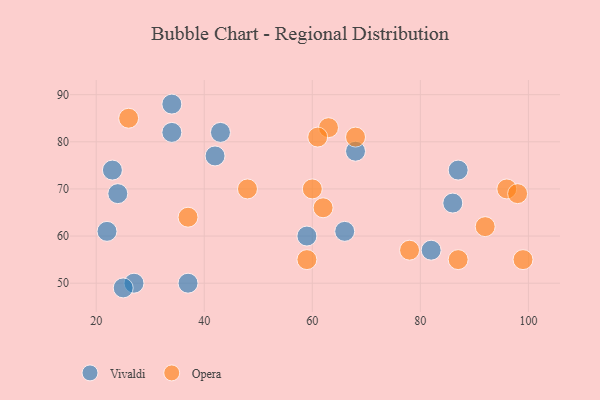
{"axis": {"x": "GDP", "y": "Life Expectancy"}, "legend": ["Opera", "Vivaldi"], "data": [{"x": "27", "y": 50, "type": "Vivaldi"}, {"x": "68", "y": 78, "type": "Vivaldi"}, {"x": "86", "y": 67, "type": "Vivaldi"}, {"x": "23", "y": 74, "type": "Vivaldi"}, {"x": "87", "y": 74, "type": "Vivaldi"}, {"x": "43", "y": 82, "type": "Vivaldi"}, {"x": "37", "y": 50, "type": "Vivaldi"}, {"x": "42", "y": 77, "type": "Vivaldi"}, {"x": "66", "y": 61, "type": "Vivaldi"}, {"x": "34", "y": 88, "type": "Vivaldi"}, {"x": "34", "y": 82, "type": "Vivaldi"}, {"x": "59", "y": 60, "type": "Vivaldi"}, {"x": "25", "y": 49, "type": "Vivaldi"}, {"x": "22", "y": 61, "type": "Vivaldi"}, {"x": "24", "y": 69, "type": "Vivaldi"}, {"x": "82", "y": 57, "type": "Vivaldi"}, {"x": "92", "y": 62, "type": "Opera"}, {"x": "99", "y": 55, "type": "Opera"}, {"x": "63", "y": 83, "type": "Opera"}, {"x": "48", "y": 70, "type": "Opera"}, {"x": "26", "y": 85, "type": "Opera"}, {"x": "96", "y": 70, "type": "Opera"}, {"x": "68", "y": 81, "type": "Opera"}, {"x": "61", "y": 81, "type": "Opera"}, {"x": "62", "y": 66, "type": "Opera"}, {"x": "60", "y": 70, "type": "Opera"}, {"x": "87", "y": 55, "type": "Opera"}, {"x": "78", "y": 57, "type": "Opera"}, {"x": "98", "y": 69, "type": "Opera"}, {"x": "59", "y": 55, "type": "Opera"}, {"x": "37", "y": 64, "type": "Opera"}]}